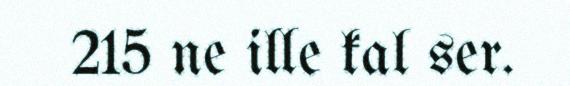
215 ne ille kal ser.